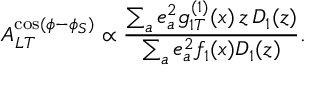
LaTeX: A _ { L T } ^ { \cos ( \phi - \phi _ { S } ) } \propto \frac { \sum _ { a } e _ { a } ^ { 2 } g _ { 1 T } ^ { ( 1 ) } ( x ) \, z \, D _ { 1 } ( z ) } { \sum _ { a } e _ { a } ^ { 2 } f _ { 1 } ( x ) D _ { 1 } ( z ) } .